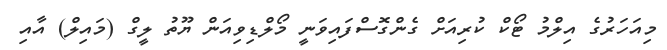
މިއަހަރުގެ އިލްމު ޓޯކް ކުރިއަށް ގެންގޮސްފައިވަނީ މޯލްޑިވިއަން ޔޫތު ލީގް (މައިލް) އާއި